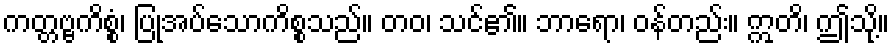
ကတ္တဗ္ဗကိစ္စံ၊ ပြုအပ်သောကိစ္စသည်။ တဝ၊ သင်၏။ ဘာရော၊ ဝန်တည်း။ ဣတိ၊ ဤသို့။